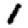
Digit: 1